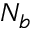
N _ { b }